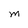
Character: M